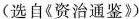
（选自《资治通鉴》）